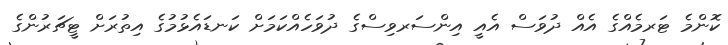
ކޮންމެ ޓަރމެއްގެ އެއް ދުވަސް އެއީ އިންސަރވިސްގެ ދުވަހެއްކަމަށް ކަނޑައެޅުމުގެ އިތުރަށް ޓީޗަރުންގެ